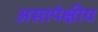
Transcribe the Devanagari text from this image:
असापेक्षीय